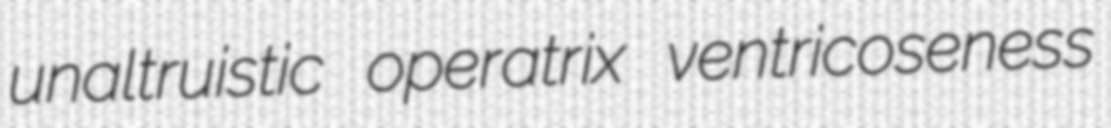
unaltruistic operatrix ventricoseness